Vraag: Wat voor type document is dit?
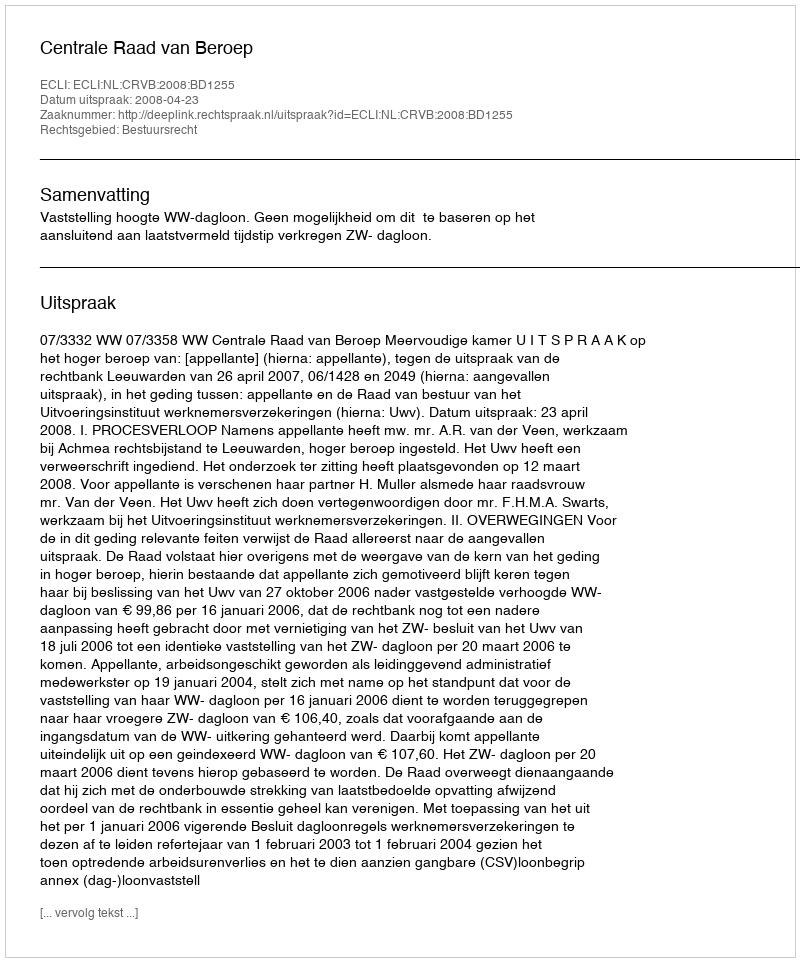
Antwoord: Uitspraak